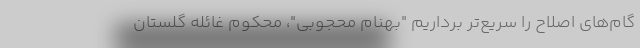
گام‌های اصلاح را سریع‌تر برداریم "بهنام محجوبی"، محکوم غائله گلستان